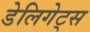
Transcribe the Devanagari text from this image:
डेलिगेट्स